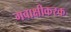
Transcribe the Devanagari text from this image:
गवाक्षीकरक